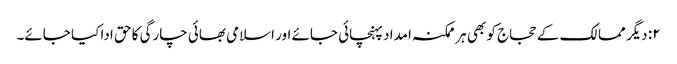
۲: دیگر ممالک کے حجاج کو بھی ہر ممکنہ امداد پہنچائی جائے اور اسلامی بھائی چارگی کا حق ادا کیا جائے۔